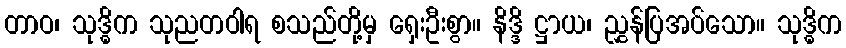
တာဝ၊ သုဒ္ဓိက သုညတဝါရ စသည်တို့မှ ရှေးဦးစွာ။ နိဒ္ဒိ ဋ္ဌာယ၊ ညွှန်ပြအပ်သော။ သုဒ္ဓိက